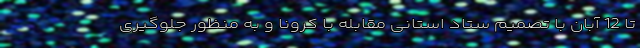
تا 12 آبان با تصمیم ستاد استانی مقابله با کرونا و به منظور جلوگیری